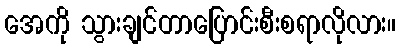
အေကို သွားချင်တာပြောင်းစီးစရာလိုလား။